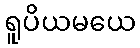
ရူပိယမယေ